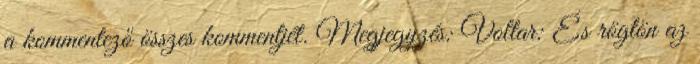
a kommentező összes kommentjét. Megjegyzés: Voltar: És rögtön az